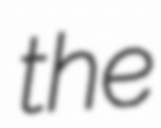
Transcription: the